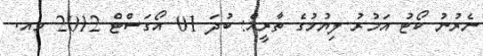
ނެރުނު ކޯޓު އަމުރު ލިޔުމުގެ ތާރީޚް: ބުދަ 01 އޯގަސްޓް 2012 މއ.